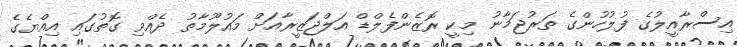
އިސްރާއީލުގެ ފުލުހުންގެ ތަރުޖަމާނު މިކީ ރޮޒެންފެލްޑް އަލްޖަޒީރާއަށް މައުލޫމާތު ދެއްވި ގޮތުގައި އިއްޔެގެ